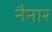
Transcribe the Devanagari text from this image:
नैनार